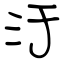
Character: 汙